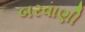
બરવાણી